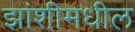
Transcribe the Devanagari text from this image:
झांशीमधील